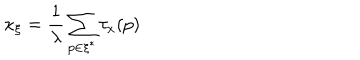
LaTeX: \kappa _ { \xi } = \frac { 1 } { \lambda } \sum _ { p \in \xi ^ { * } } \tau _ { x } ( p )